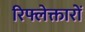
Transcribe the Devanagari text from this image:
रिफ्लेक्तारों